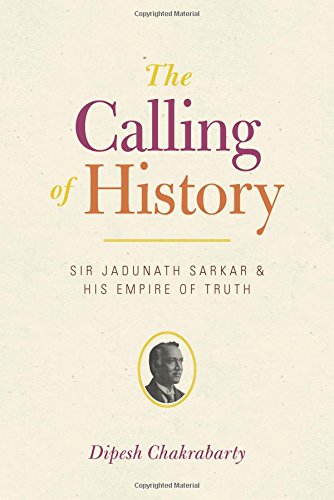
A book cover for The Calling of History: Sir Jadunath Sarkar and His Empire of Truth; Dipesh Chakrabarty; Biographies & Memoirs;